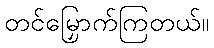
တင်မြှောက်ကြတယ်။